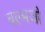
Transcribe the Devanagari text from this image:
वल्मजी